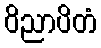
ဝိညာပိတံ